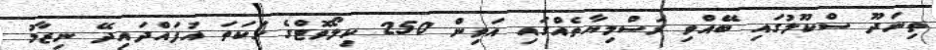
ތިނަދޫ ސްކޫލުގައި ބޭއްވި ރަސްމިޔާތެއްގައި އަވިން 250 ކިލޯވޮޓްގެ ހަކަތަ އުފައްދައިދޭ ނިޒާމު